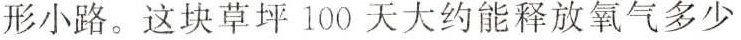
形小路。这块草坪100天大约能释放氧气多少